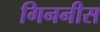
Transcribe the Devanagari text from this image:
गिननीस